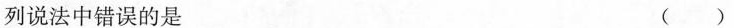
列说法中错误的是 ( )